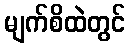
မျက်စိထဲတွင်